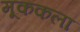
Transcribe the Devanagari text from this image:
मूककला